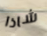
شاذا